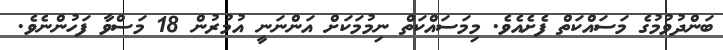
ބަންދުވުމުގެ މަސައްކަތް ފެށެއެވެ. މިމަސައްކަތް ނިމުމަކަށް އަންނަނީ އުމުރުން 18 މަސްވާ ފަހުންނެވެ.